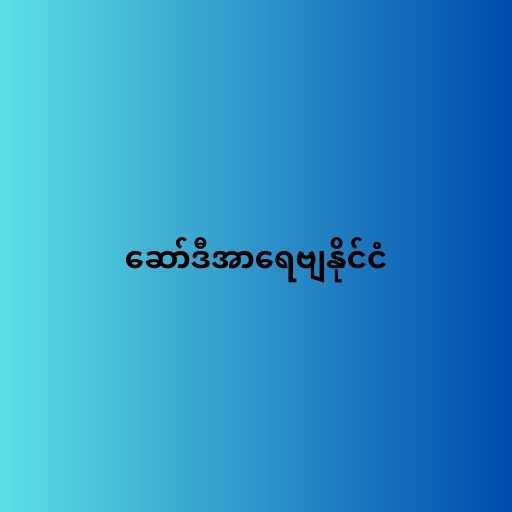
ဆော်ဒီအာရေဗျနိုင်ငံ